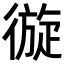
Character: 𢕐